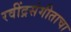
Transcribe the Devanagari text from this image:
रवींद्रसंगीताचा